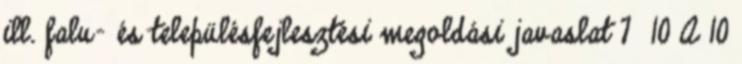
ill. falu- és településfejlesztési megoldási javaslat 7 10 A 10